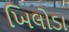
ખિલોડા